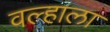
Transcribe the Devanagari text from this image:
वल्हाला